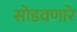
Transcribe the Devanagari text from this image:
सोडवणारे